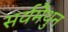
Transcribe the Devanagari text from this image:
सर्वमैथुन